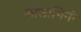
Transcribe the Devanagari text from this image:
लीलांगिनी